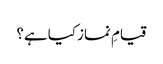
قیامِ نماز کیا ہے؟